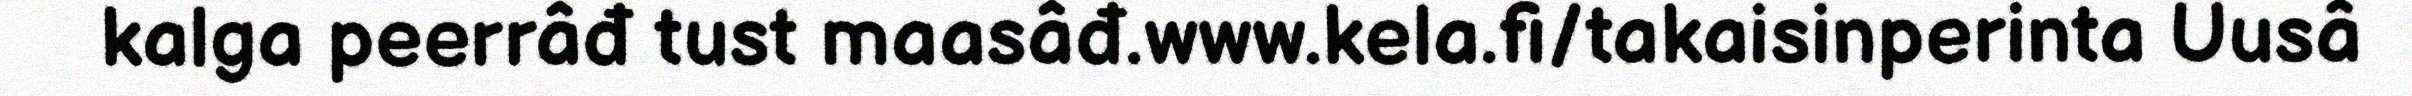
kalga peerrâđ tust maasâđ.www.kela.fi/takaisinperinta Uusâ